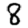
Digit: 8